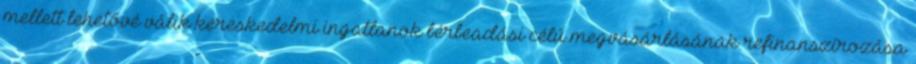
mellett lehetővé válik kereskedelmi ingatlanok bérbeadási célú megvásárlásának refinanszírozása